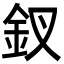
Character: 釵